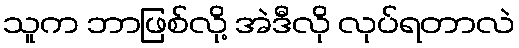
သူက ဘာဖြစ်လို့ အဲဒီလို လုပ်ရတာလဲ